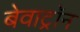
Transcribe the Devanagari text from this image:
बेवाट्रॉन